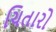
ચિતારો